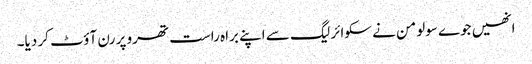
انھیں جوے سولومن نے سکوائر لیگ سے اپنے براہ راست تھرو پر رن آؤٹ کر دیا۔